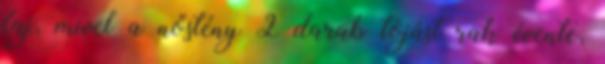
faj, mivel a nőstény 2 darab tojást rak évente,